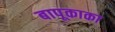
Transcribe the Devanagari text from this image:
बापूकाका